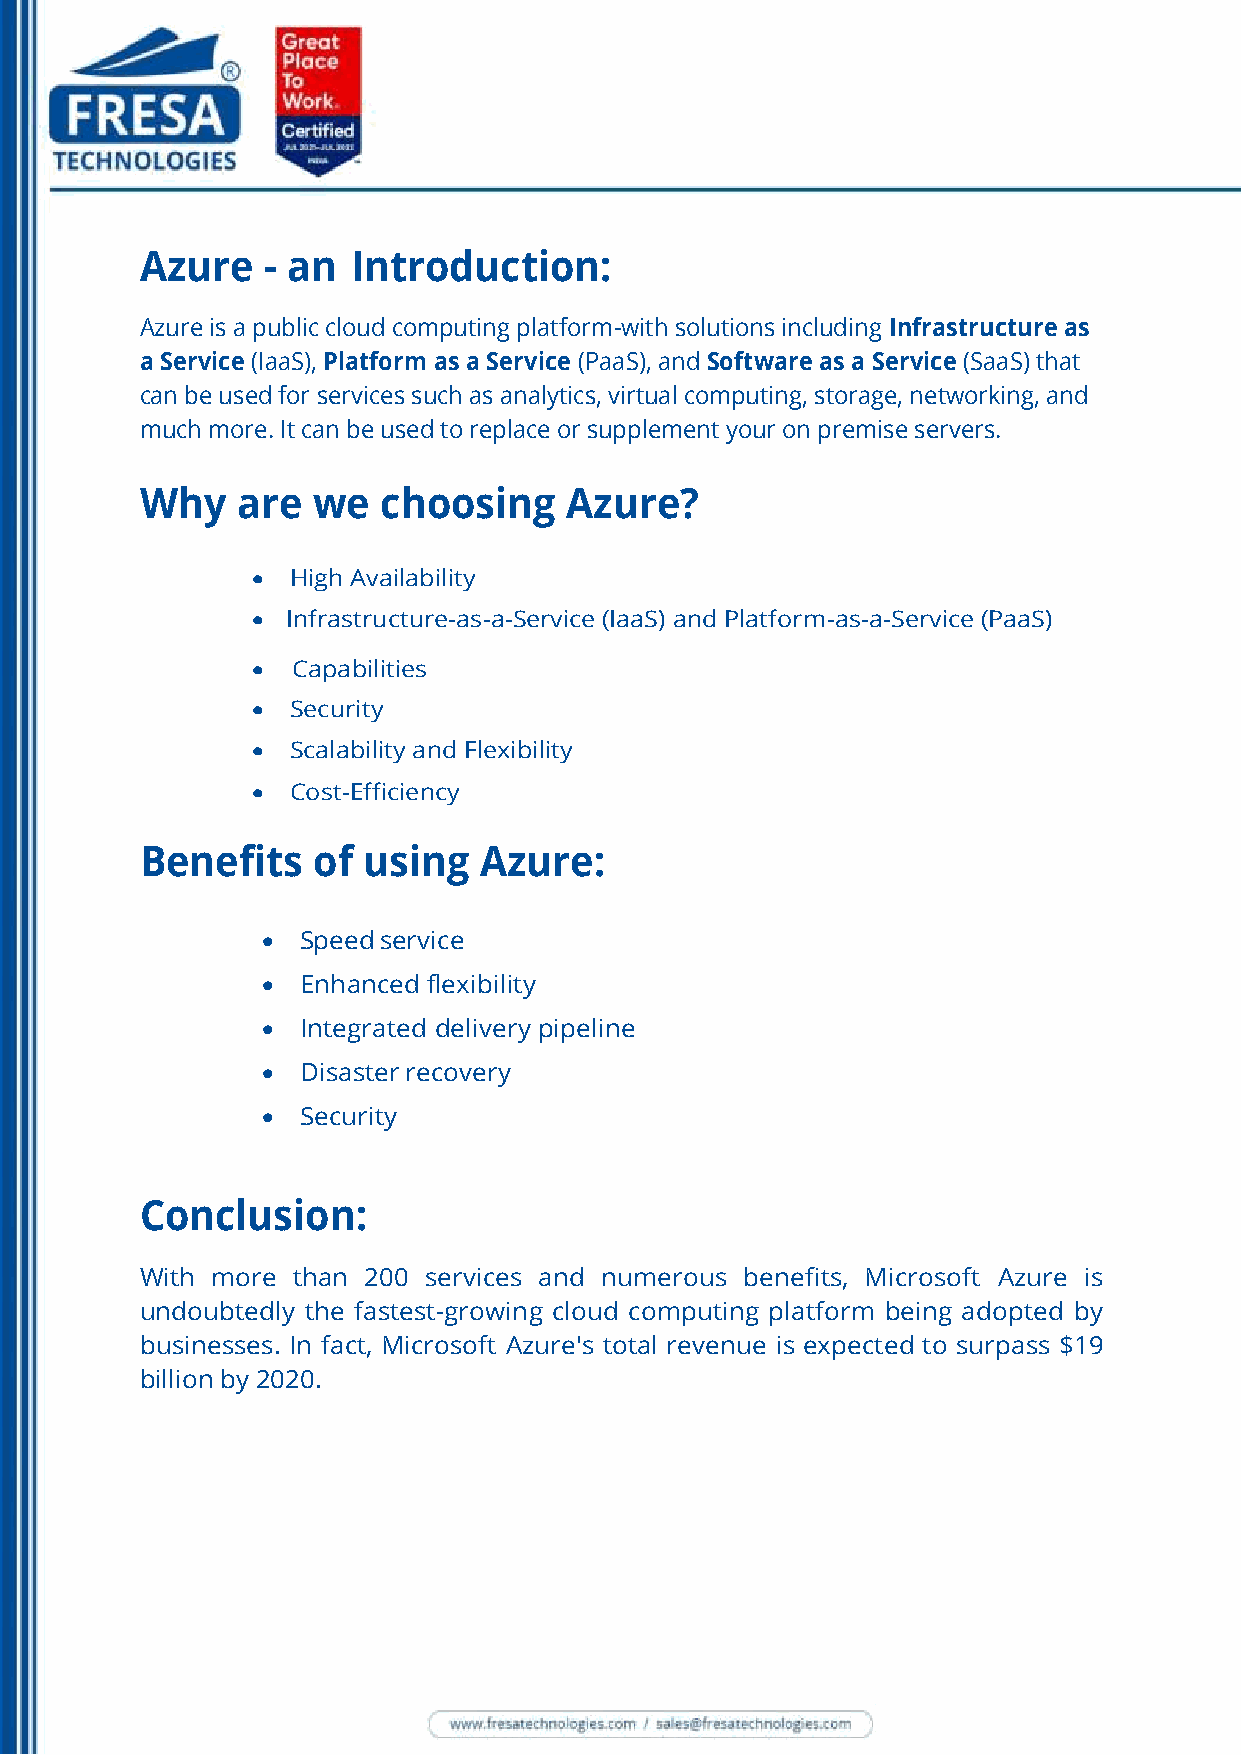
Azure   - an  Introduction:
 Azure is a public cloud computing platform-with solutions including Infrastructure as
 a Service (IaaS), Platform as a Service (PaaS), and Software as a Service (SaaS) that
 can be used for services such as analytics, virtual computing, storage, networking, and
 much more. It can be used to replace or supplement your on premise servers.
 Why    are  we  choosing    Azure?
  High Availability
  Infrastructure-as-a-Service (IaaS) and Platform-as-a-Service (PaaS)
  Capabilities
  Security
  Scalability and Flexibility
  Cost-Efficiency
 Benefits    of using   Azure:
   Speed service
   Enhanced flexibility
   Integrated delivery pipeline
   Disaster recovery
   Security
 Conclusion:
 With more than 200 services and numerous benefits, Microsoft Azure is
 undoubtedly the fastest-growing cloud computing platform being adopted by
 businesses. In fact, Microsoft Azure's total revenue is expected to surpass $19
 billion by 2020.